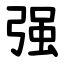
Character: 强